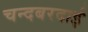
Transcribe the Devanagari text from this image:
चन्दबरदाई